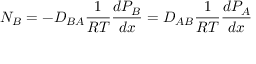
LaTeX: N _ { B } = - D _ { B A } { \frac { 1 } { R T } } { \frac { d P _ { B } } { d x } } = D _ { A B } { \frac { 1 } { R T } } { \frac { d P _ { A } } { d x } }